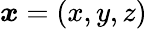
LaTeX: \boldsymbol{x}=\left({x,y,z}\right)